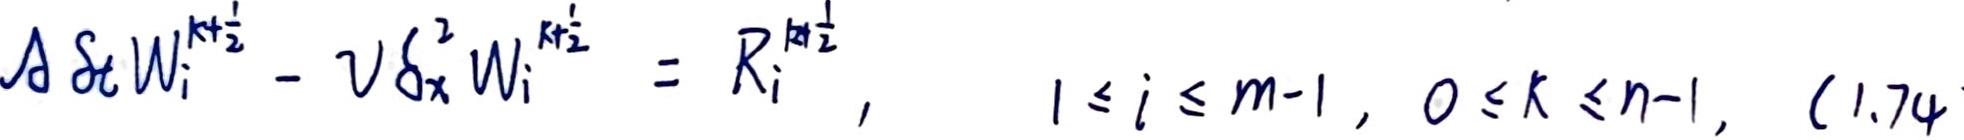
$\Delta \delta_{t} W_{i}^{k+\frac{1}{2}}-\nu \delta_{x}^{2} W_{i}^{k+\frac{1}{2}}=R_{i}^{k+\frac{1}{2}}, \quad 1 \leq i \leq m - 1, \ 0 \leq k \leq n - 1, \ (1.74)$